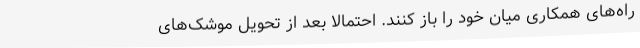
راه‌های همکاری میان خود را باز کنند. احتمالا بعد از تحویل موشک‌های